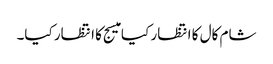
شام کال کا انتظار کیا میسج کا انتظار کیا۔